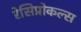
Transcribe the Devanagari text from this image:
रेसिप्रोकल्स